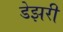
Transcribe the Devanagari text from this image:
डेझरी